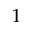
^ { 1 }